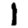
Digit: 1